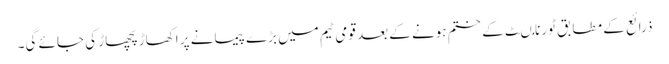
ذرائع کے مطابق ٹورنامںٹ کے ختم ہونے کے بعد قومی ٹیم میں بڑے پیمانے پر اکھاڑ پچھاڑ کی جائے گی۔